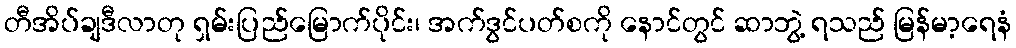
တီအိပ်ချဒီလာတု ရှမ်းပြည်မြောက်ပိုင်း၊ အက်ဒွင်ပတ်စကို နောင်တွင် ဆာဘွဲ့ ရသည် မြန်မာ့ရေနံ